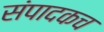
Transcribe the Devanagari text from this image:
संपादकच